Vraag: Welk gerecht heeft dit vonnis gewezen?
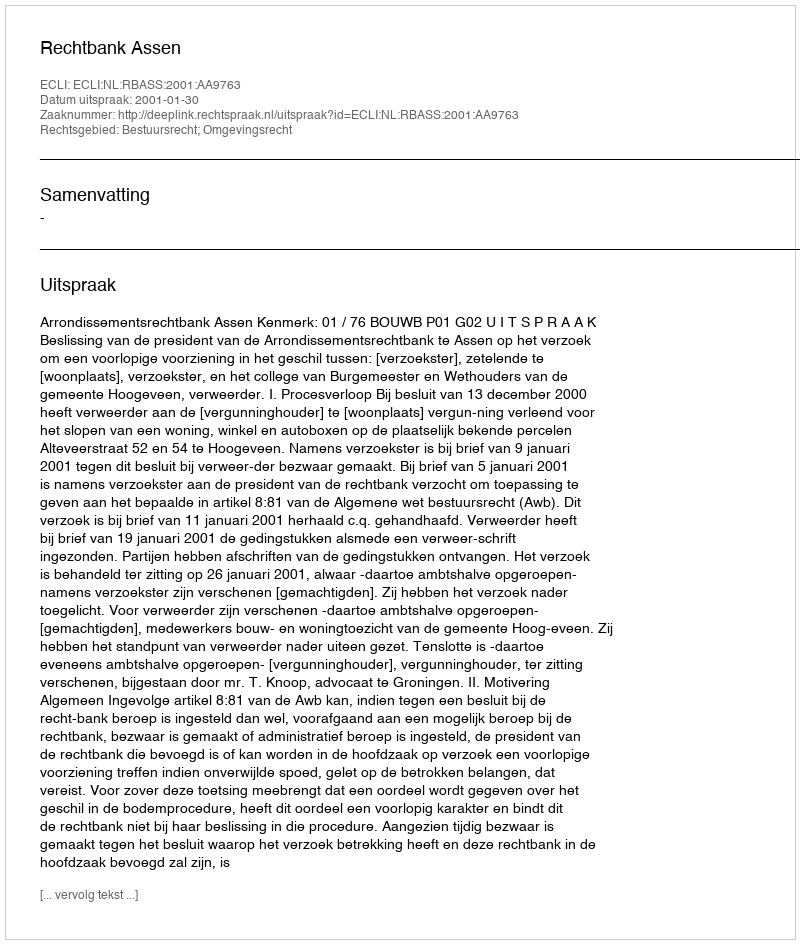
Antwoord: Rechtbank Assen